Indian journal of veterinary science and animal husbandry - Volumes 18-21, 1948-1951
Year: 1948
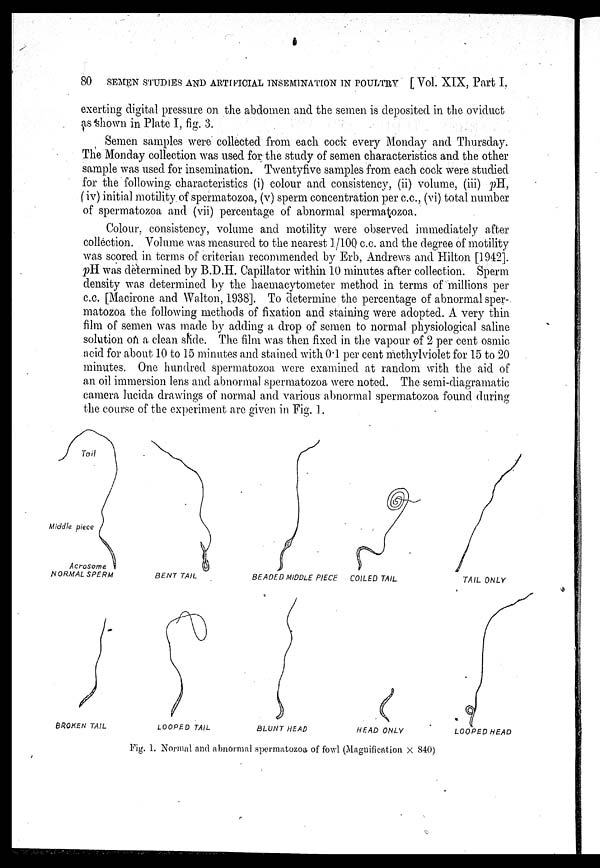
80
SEMEN STUDIES AND ARTIFICIAL INSEMINATION IN POULTRY [Vol. XIX, Part I,
exerting digital pressure on the abdomen and the semen is deposited in the oviduct
as shown in Plate I, fig. 3.
Semen samples were collected from each cock every Monday and Thursday.
The Monday collection was used for the study of semen characteristics and the other
sample was used for insemination. Twentyfive samples from each cock were studied
for the following characteristics (i) colour and consistency, (ii) volume, (iii) pH,
(iv) initial motility of spermatozoa, (v) sperm concentration per c.c., (vi) total number
of spermatozoa and (vii) percentage of abnormal spermatozoa.
Colour, consistency, volume and motility were observed immediately after
collection. Volume was measured to the nearest 1/100 c.c. and the degree of motility
was scored in terms of criterian recommended by Erb, Andrews and Hilton [1942].
pH was determined by B.D.H. Capillator within 10 minutes after collection. Sperm
density was determined by the haemacytometer method in terms of millions per
c.c. [Macirone and Walton, 1938]. To determine the percentage of abnormal sper-
matozoa the following methods of fixation and staining were adopted. A very thin
film of semen was made by adding a drop of semen to normal physiological saline
solution on a clean slide. The film was then fixed in the vapour of 2 per cent osmic
acid for about 10 to 15 minutes and stained with 0.1 per cent methylviolet for 15 to 20
minutes. One hundred spermatozoa were examined at random with the aid of
an oil immersion lens and abnormal spermatozoa were noted. The semi-diagramatic
camera lucida drawings of normal and various abnormal spermatozoa found during
the course of the experiment are given in Fig. 1.
Fig. 1. Normal and abnormal spermatozoa of fowl (Magnification × 840)